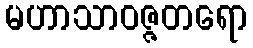
မဟာသာဝဇ္ဇတရော